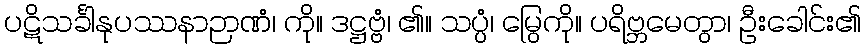
ပဋိသင်္ခါနုပဿနာဉာဏံ၊ ကို။ ဒဋ္ဌဗ္ဗံ၊ ၏။ သပ္ပံ၊ မြွေကို။ ပရိဗ္ဘမေတွာ၊ ဦးခေါင်း၏